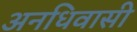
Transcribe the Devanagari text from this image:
अनधिवासी